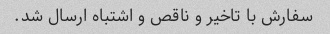
سفارش با تاخیر و ناقص و اشتباه ارسال شد.